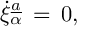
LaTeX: \dot { \xi } _ { \alpha } \sp { \underline { { { a } } } } \, = \, 0 ,